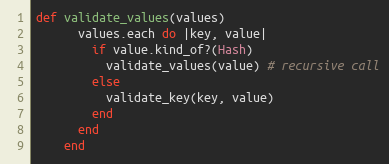
Language: Ruby
def validate_values(values)
      values.each do |key, value|
        if value.kind_of?(Hash)
          validate_values(value) # recursive call
        else
          validate_key(key, value)
        end
      end
    end